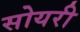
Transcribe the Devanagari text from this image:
सोयरी